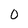
Character: 0